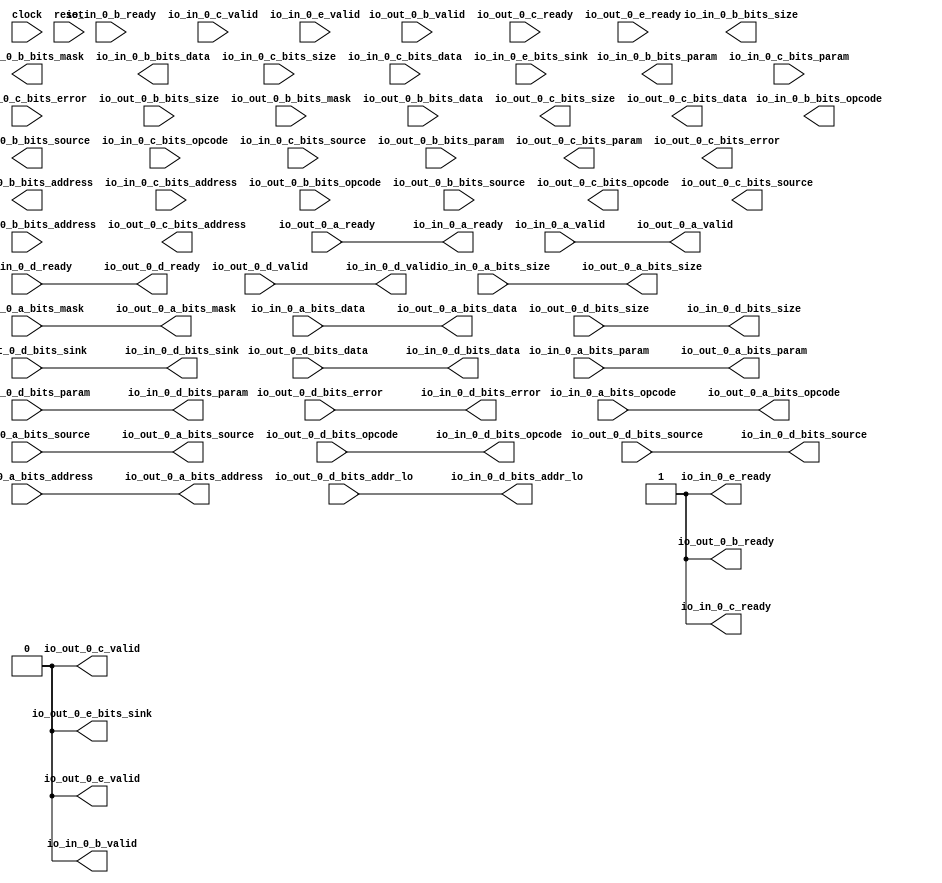
module TLWidthWidget_socBus(
  input   clock,
  input   reset,
  output  io_in_0_a_ready,
  input   io_in_0_a_valid,
  input  [2:0] io_in_0_a_bits_opcode,
  input  [2:0] io_in_0_a_bits_param,
  input  [3:0] io_in_0_a_bits_size,
  input  [3:0] io_in_0_a_bits_source,
  input  [30:0] io_in_0_a_bits_address,
  input  [15:0] io_in_0_a_bits_mask,
  input  [127:0] io_in_0_a_bits_data,
  input   io_in_0_b_ready,
  output  io_in_0_b_valid,
  output [2:0] io_in_0_b_bits_opcode,
  output [1:0] io_in_0_b_bits_param,
  output [3:0] io_in_0_b_bits_size,
  output [3:0] io_in_0_b_bits_source,
  output [30:0] io_in_0_b_bits_address,
  output [15:0] io_in_0_b_bits_mask,
  output [127:0] io_in_0_b_bits_data,
  output  io_in_0_c_ready,
  input   io_in_0_c_valid,
  input  [2:0] io_in_0_c_bits_opcode,
  input  [2:0] io_in_0_c_bits_param,
  input  [3:0] io_in_0_c_bits_size,
  input  [3:0] io_in_0_c_bits_source,
  input  [30:0] io_in_0_c_bits_address,
  input  [127:0] io_in_0_c_bits_data,
  input   io_in_0_c_bits_error,
  input   io_in_0_d_ready,
  output  io_in_0_d_valid,
  output [2:0] io_in_0_d_bits_opcode,
  output [1:0] io_in_0_d_bits_param,
  output [3:0] io_in_0_d_bits_size,
  output [3:0] io_in_0_d_bits_source,
  output  io_in_0_d_bits_sink,
  output [3:0] io_in_0_d_bits_addr_lo,
  output [127:0] io_in_0_d_bits_data,
  output  io_in_0_d_bits_error,
  output  io_in_0_e_ready,
  input   io_in_0_e_valid,
  input   io_in_0_e_bits_sink,
  input   io_out_0_a_ready,
  output  io_out_0_a_valid,
  output [2:0] io_out_0_a_bits_opcode,
  output [2:0] io_out_0_a_bits_param,
  output [3:0] io_out_0_a_bits_size,
  output [3:0] io_out_0_a_bits_source,
  output [30:0] io_out_0_a_bits_address,
  output [15:0] io_out_0_a_bits_mask,
  output [127:0] io_out_0_a_bits_data,
  output  io_out_0_b_ready,
  input   io_out_0_b_valid,
  input  [2:0] io_out_0_b_bits_opcode,
  input  [1:0] io_out_0_b_bits_param,
  input  [3:0] io_out_0_b_bits_size,
  input  [3:0] io_out_0_b_bits_source,
  input  [30:0] io_out_0_b_bits_address,
  input  [15:0] io_out_0_b_bits_mask,
  input  [127:0] io_out_0_b_bits_data,
  input   io_out_0_c_ready,
  output  io_out_0_c_valid,
  output [2:0] io_out_0_c_bits_opcode,
  output [2:0] io_out_0_c_bits_param,
  output [3:0] io_out_0_c_bits_size,
  output [3:0] io_out_0_c_bits_source,
  output [30:0] io_out_0_c_bits_address,
  output [127:0] io_out_0_c_bits_data,
  output  io_out_0_c_bits_error,
  output  io_out_0_d_ready,
  input   io_out_0_d_valid,
  input  [2:0] io_out_0_d_bits_opcode,
  input  [1:0] io_out_0_d_bits_param,
  input  [3:0] io_out_0_d_bits_size,
  input  [3:0] io_out_0_d_bits_source,
  input   io_out_0_d_bits_sink,
  input  [3:0] io_out_0_d_bits_addr_lo,
  input  [127:0] io_out_0_d_bits_data,
  input   io_out_0_d_bits_error,
  input   io_out_0_e_ready,
  output  io_out_0_e_valid,
  output  io_out_0_e_bits_sink
);
  reg [2:0] _GEN_0;
  reg [31:0] _GEN_15;
  reg [1:0] _GEN_1;
  reg [31:0] _GEN_16;
  reg [3:0] _GEN_2;
  reg [31:0] _GEN_17;
  reg [3:0] _GEN_3;
  reg [31:0] _GEN_18;
  reg [30:0] _GEN_4;
  reg [31:0] _GEN_19;
  reg [15:0] _GEN_5;
  reg [31:0] _GEN_20;
  reg [127:0] _GEN_6;
  reg [127:0] _GEN_21;
  reg [2:0] _GEN_7;
  reg [31:0] _GEN_22;
  reg [2:0] _GEN_8;
  reg [31:0] _GEN_23;
  reg [3:0] _GEN_9;
  reg [31:0] _GEN_24;
  reg [3:0] _GEN_10;
  reg [31:0] _GEN_25;
  reg [30:0] _GEN_11;
  reg [31:0] _GEN_26;
  reg [127:0] _GEN_12;
  reg [127:0] _GEN_27;
  reg  _GEN_13;
  reg [31:0] _GEN_28;
  reg  _GEN_14;
  reg [31:0] _GEN_29;
  assign io_in_0_a_ready = io_out_0_a_ready;
  assign io_in_0_b_valid = 1'h0;
  assign io_in_0_b_bits_opcode = _GEN_0;
  assign io_in_0_b_bits_param = _GEN_1;
  assign io_in_0_b_bits_size = _GEN_2;
  assign io_in_0_b_bits_source = _GEN_3;
  assign io_in_0_b_bits_address = _GEN_4;
  assign io_in_0_b_bits_mask = _GEN_5;
  assign io_in_0_b_bits_data = _GEN_6;
  assign io_in_0_c_ready = 1'h1;
  assign io_in_0_d_valid = io_out_0_d_valid;
  assign io_in_0_d_bits_opcode = io_out_0_d_bits_opcode;
  assign io_in_0_d_bits_param = io_out_0_d_bits_param;
  assign io_in_0_d_bits_size = io_out_0_d_bits_size;
  assign io_in_0_d_bits_source = io_out_0_d_bits_source;
  assign io_in_0_d_bits_sink = io_out_0_d_bits_sink;
  assign io_in_0_d_bits_addr_lo = io_out_0_d_bits_addr_lo;
  assign io_in_0_d_bits_data = io_out_0_d_bits_data;
  assign io_in_0_d_bits_error = io_out_0_d_bits_error;
  assign io_in_0_e_ready = 1'h1;
  assign io_out_0_a_valid = io_in_0_a_valid;
  assign io_out_0_a_bits_opcode = io_in_0_a_bits_opcode;
  assign io_out_0_a_bits_param = io_in_0_a_bits_param;
  assign io_out_0_a_bits_size = io_in_0_a_bits_size;
  assign io_out_0_a_bits_source = io_in_0_a_bits_source;
  assign io_out_0_a_bits_address = io_in_0_a_bits_address;
  assign io_out_0_a_bits_mask = io_in_0_a_bits_mask;
  assign io_out_0_a_bits_data = io_in_0_a_bits_data;
  assign io_out_0_b_ready = 1'h1;
  assign io_out_0_c_valid = 1'h0;
  assign io_out_0_c_bits_opcode = _GEN_7;
  assign io_out_0_c_bits_param = _GEN_8;
  assign io_out_0_c_bits_size = _GEN_9;
  assign io_out_0_c_bits_source = _GEN_10;
  assign io_out_0_c_bits_address = _GEN_11;
  assign io_out_0_c_bits_data = _GEN_12;
  assign io_out_0_c_bits_error = _GEN_13;
  assign io_out_0_d_ready = io_in_0_d_ready;
  assign io_out_0_e_valid = 1'h0;
  assign io_out_0_e_bits_sink = _GEN_14;
`ifdef RANDOMIZE
  integer initvar;
  initial begin
    `ifndef verilator
      #0.002 begin end
    `endif
  `ifdef RANDOMIZE_REG_INIT
  _GEN_15 = {1{$random}};
  _GEN_0 = _GEN_15[2:0];
  `endif
  `ifdef RANDOMIZE_REG_INIT
  _GEN_16 = {1{$random}};
  _GEN_1 = _GEN_16[1:0];
  `endif
  `ifdef RANDOMIZE_REG_INIT
  _GEN_17 = {1{$random}};
  _GEN_2 = _GEN_17[3:0];
  `endif
  `ifdef RANDOMIZE_REG_INIT
  _GEN_18 = {1{$random}};
  _GEN_3 = _GEN_18[3:0];
  `endif
  `ifdef RANDOMIZE_REG_INIT
  _GEN_19 = {1{$random}};
  _GEN_4 = _GEN_19[30:0];
  `endif
  `ifdef RANDOMIZE_REG_INIT
  _GEN_20 = {1{$random}};
  _GEN_5 = _GEN_20[15:0];
  `endif
  `ifdef RANDOMIZE_REG_INIT
  _GEN_21 = {4{$random}};
  _GEN_6 = _GEN_21[127:0];
  `endif
  `ifdef RANDOMIZE_REG_INIT
  _GEN_22 = {1{$random}};
  _GEN_7 = _GEN_22[2:0];
  `endif
  `ifdef RANDOMIZE_REG_INIT
  _GEN_23 = {1{$random}};
  _GEN_8 = _GEN_23[2:0];
  `endif
  `ifdef RANDOMIZE_REG_INIT
  _GEN_24 = {1{$random}};
  _GEN_9 = _GEN_24[3:0];
  `endif
  `ifdef RANDOMIZE_REG_INIT
  _GEN_25 = {1{$random}};
  _GEN_10 = _GEN_25[3:0];
  `endif
  `ifdef RANDOMIZE_REG_INIT
  _GEN_26 = {1{$random}};
  _GEN_11 = _GEN_26[30:0];
  `endif
  `ifdef RANDOMIZE_REG_INIT
  _GEN_27 = {4{$random}};
  _GEN_12 = _GEN_27[127:0];
  `endif
  `ifdef RANDOMIZE_REG_INIT
  _GEN_28 = {1{$random}};
  _GEN_13 = _GEN_28[0:0];
  `endif
  `ifdef RANDOMIZE_REG_INIT
  _GEN_29 = {1{$random}};
  _GEN_14 = _GEN_29[0:0];
  `endif
  end
`endif
endmodule